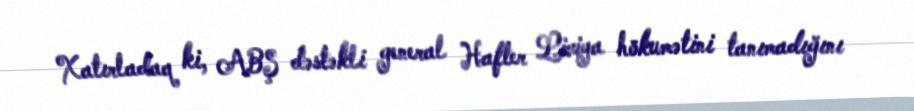
Xatırladaq ki, ABŞ dəstəkli general Hafter Liviya hökumətini tanımadığını